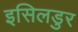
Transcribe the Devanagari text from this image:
इसिलडुर